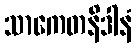
သာကေတနိဒါနံ